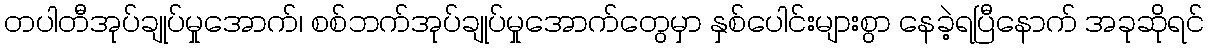
တပါတီအုပ်ချုပ်မှုအောက်၊ စစ်ဘက်အုပ်ချုပ်မှုအောက်တွေမှာ နှစ်ပေါင်းများစွာ နေခဲ့ရပြီနောက် အခုဆိုရင်